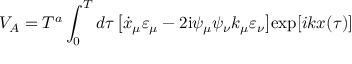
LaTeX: V _ { A } = T ^ { a } \int _ { 0 } ^ { T } d \tau \, \bigl [ \dot { x } _ { \mu } \varepsilon _ { \mu } - 2 \mathrm { i } \psi _ { \mu } \psi _ { \nu } k _ { \mu } \varepsilon _ { \nu } \bigr ] \mathrm { e x p } [ i k x ( { \tau } ) ]